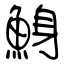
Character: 鯓